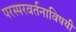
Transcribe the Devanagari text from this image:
परस्परवर्तनाविषयी